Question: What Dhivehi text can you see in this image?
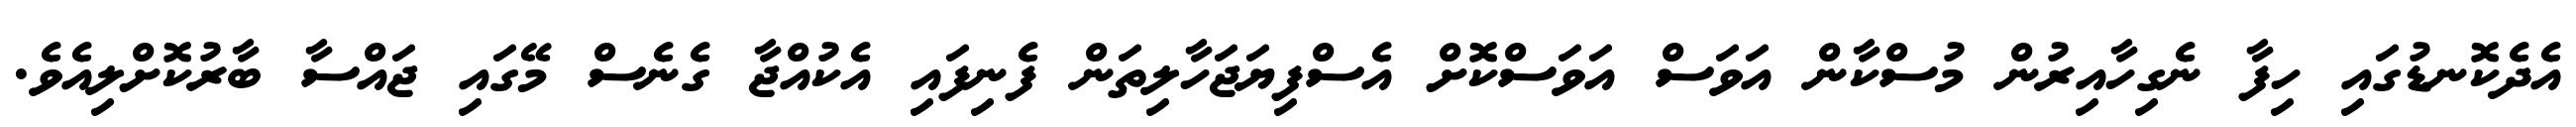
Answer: އެދެކޮނޑުގައި ހިފާ ނެގިހާއިރުން މުސްކާން އަވަސް އަވަސްކޮށް އެސްފިޔަޖަހާލިތަން ފެނިފައި އެކުއްޖާ ގެނެސް މޭގައި ޖައްސާ ބާރުކޮށްލިއެވެ.